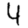
Digit: 4